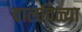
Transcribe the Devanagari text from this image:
चालविळ्या